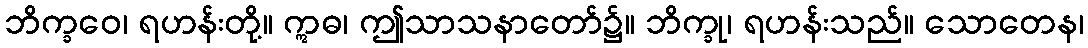
ဘိက္ခဝေ၊ ရဟန်းတို့။ ဣဓ၊ ဤသာသနာတော်၌။ ဘိက္ခု၊ ရဟန်းသည်။ သောတေန၊